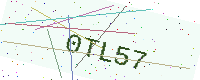
Text: 0TL57